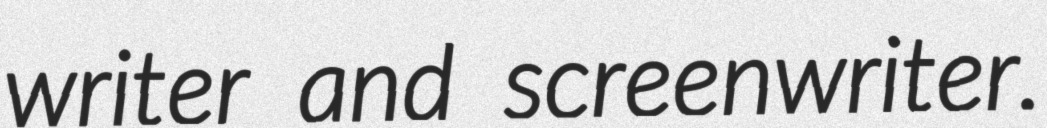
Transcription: writer and screenwriter.